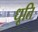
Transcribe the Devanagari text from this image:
धूति